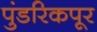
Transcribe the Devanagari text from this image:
पुंडरिकपूर